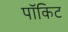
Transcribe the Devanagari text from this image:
पॉकिट